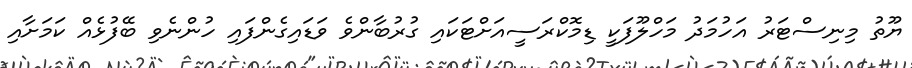
ޔޫތު މިނިސްޓަރު އަހުމަދު މަހްލޫފަކީ ޑިމޮކްރަސީއަށްޓަކައި ގުރުބާންވެ ވަޑައިގެންފައި ހުންނެވި ބޭފުޅެއް ކަމަށާއި